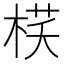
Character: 𣓎